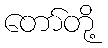
တော်တို့